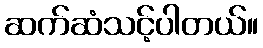
ဆက်ဆံသင့်ပါတယ်။